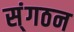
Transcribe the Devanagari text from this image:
स्ंगठन